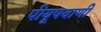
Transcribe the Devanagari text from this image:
पीयूषवाणी